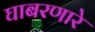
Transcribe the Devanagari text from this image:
घाबरणारे